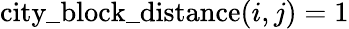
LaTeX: \mathrm{city\_ block\_ distance}(i,j)=1